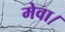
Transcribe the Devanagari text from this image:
मेवा।